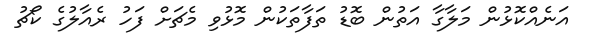
އަނެއްކޮޅުން މަލާގާ އަތުން ބޮޑު ތަފާތަކުން މޮޅުވި މެޗަށް ފަހު ރެއާލުގެ ކޯޗު